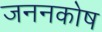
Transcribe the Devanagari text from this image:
जननकोष